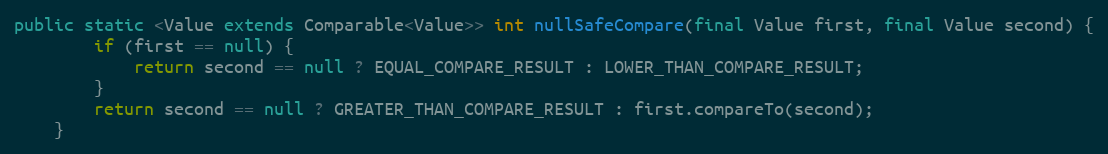
Language: Java
public static <Value extends Comparable<Value>> int nullSafeCompare(final Value first, final Value second) {
        if (first == null) {
            return second == null ? EQUAL_COMPARE_RESULT : LOWER_THAN_COMPARE_RESULT;
        }
        return second == null ? GREATER_THAN_COMPARE_RESULT : first.compareTo(second);
    }